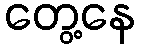
တွေ့နေ